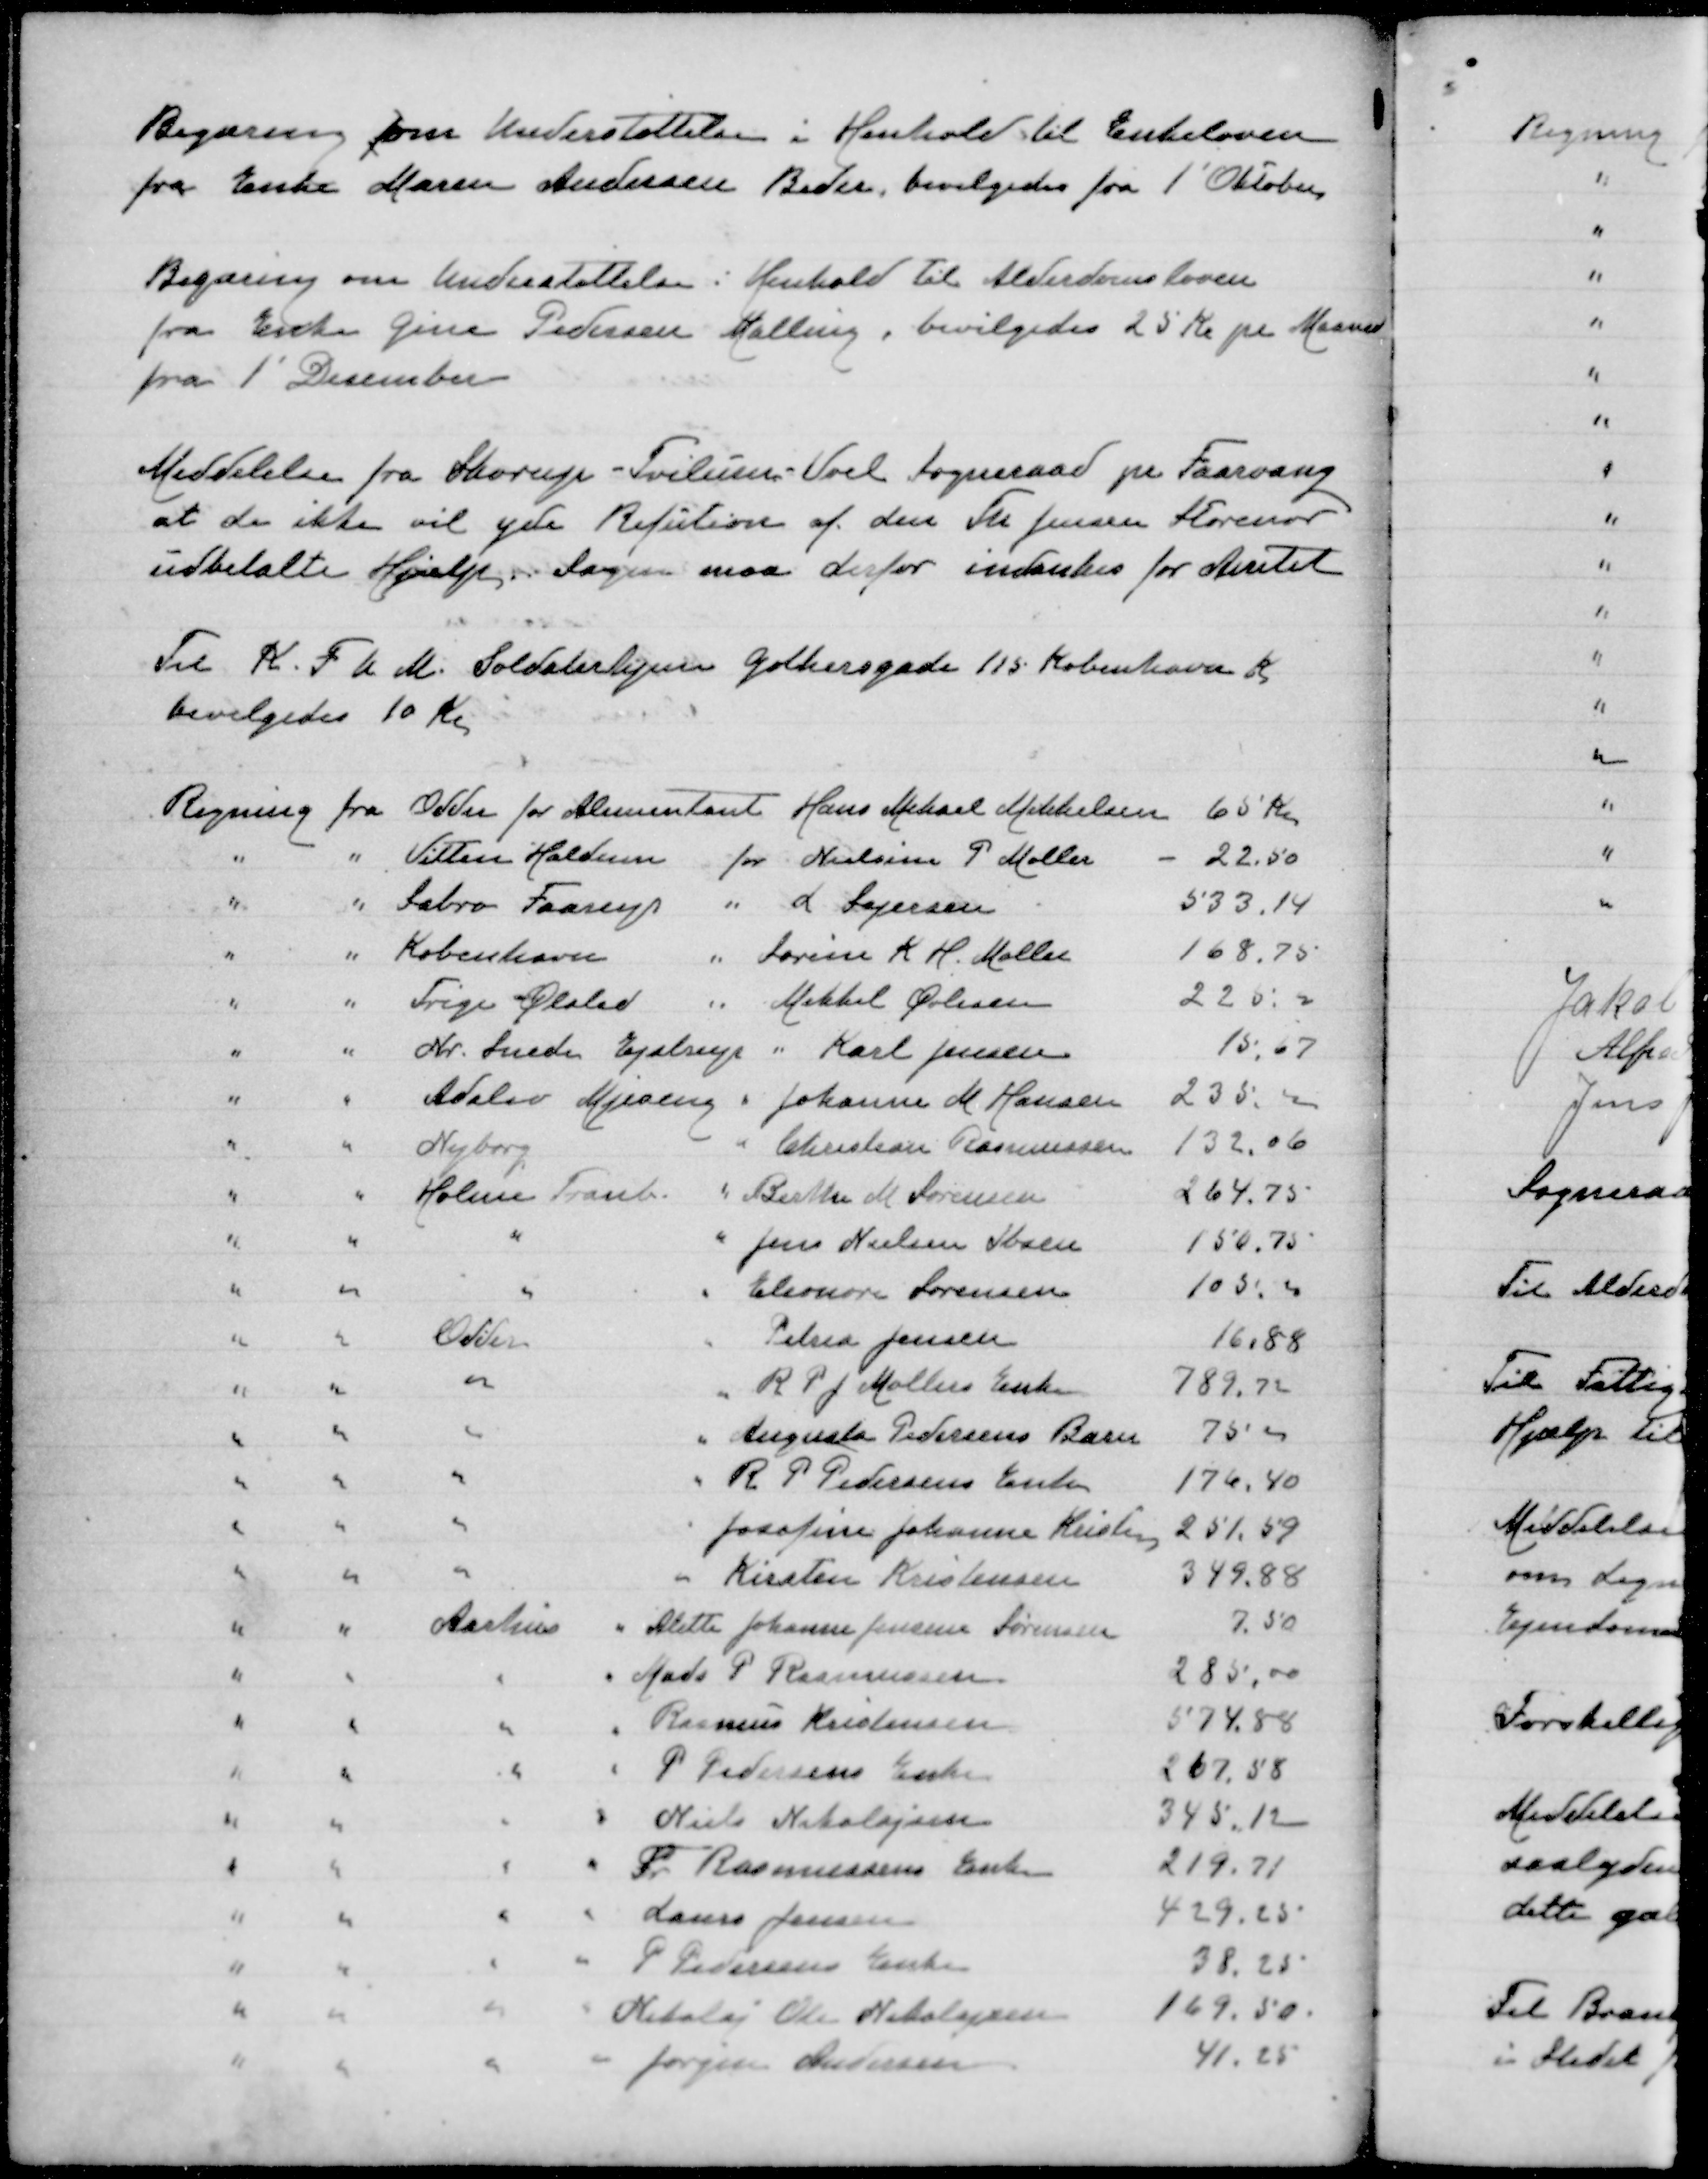
Transskription:
Begæring om Understøttelse i Henhold til Enkeloven
fra Enke Maren Andersen Beder, bevilgedes fra 1' Oktober

Begæring om Understøttelse i Henhold til Alderdomsloven
fra Enke Gina Pedersen Malling, bevilgedes 23 Kr pr Maaned
fra 1' December

Meddelelse fra Skorup-Tvilum-Voel Sogneraad pr Faarvang
at de ikke vil yde Refution af den Fr Jensen Storenor
udbetalte Hjælp, Sagen maa derfor indankes for Amtet

Til K.F.U,M Soldaterhjem Gothersgade 115 København K
bevilgedes 10 Kr

Regning fra Odder for Alimentant Hans Mikael Mikkelsen 60 Kr
" " Vitten Haldum for Nielsine P Møller 22,50
" " Sabro Faarup " L Sejersen 533,14
" " København " Søren K H Møller 168,75
" " Trige Ølsted " Mikkel Øvlisen 220,00
" " Nr Snede Ejstrup "  Karl Jensen 15,07
" " Adslev Mjesing " Johanne M Hansen 235,00
" " Nyborg " Christian Rasmussen 132,06
" " Holme Tranb " Birthe M Sørensen 264,75
" " " " Jens Nielsen Ibsen 150,75
" " " " Eleonora Lorensen 103,00
" " Odder " Petrea Jensen 16,88
" " " " R P J Møllers Enke 789,72
" " " " Augusta Pedersens Barn 75,00
" " " " R P J Møllers Enke 176,40
" " " " Josefine Johanne Kristens 251,59
" " " " Kirsten Kristensen 349,88
" " Aarhus " Alette Johanne Jensine Sørensen 7,50
" " " " Mads P Rasmussen 285,00
" " " "  Rasmus Kristensen 574,88
" " " " P Pedersens Enke 267,88
" " " " Niels Nikolajsen 345,12
" " " " Fr Rasmussens Enke 219,71
" " " " Laura Jensen 429,25
" " " " P Pedersens Enke 38,25
" " " " Nikolaj Ole Nikolajsen 169,50
" " " " Jørgen Andersen 41,25